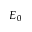
E _ { 0 }